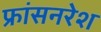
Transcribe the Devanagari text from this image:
फ्रांसनरेश